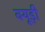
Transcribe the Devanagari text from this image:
क्यूड़ी